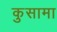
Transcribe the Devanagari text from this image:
कुसामा